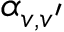
\alpha _ { v , v ^ { \prime } }